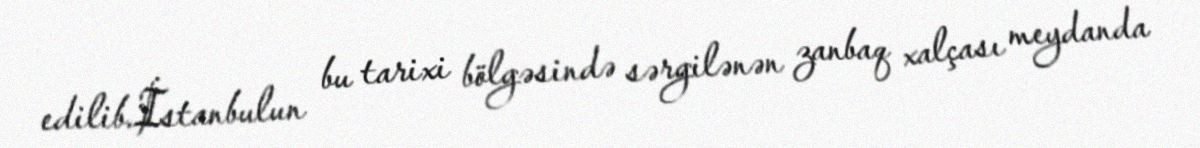
edilib.İstanbulun bu tarixi bölgəsində sərgilənən zanbaq xalçası meydanda